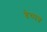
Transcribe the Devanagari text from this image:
बेथ्मन्न